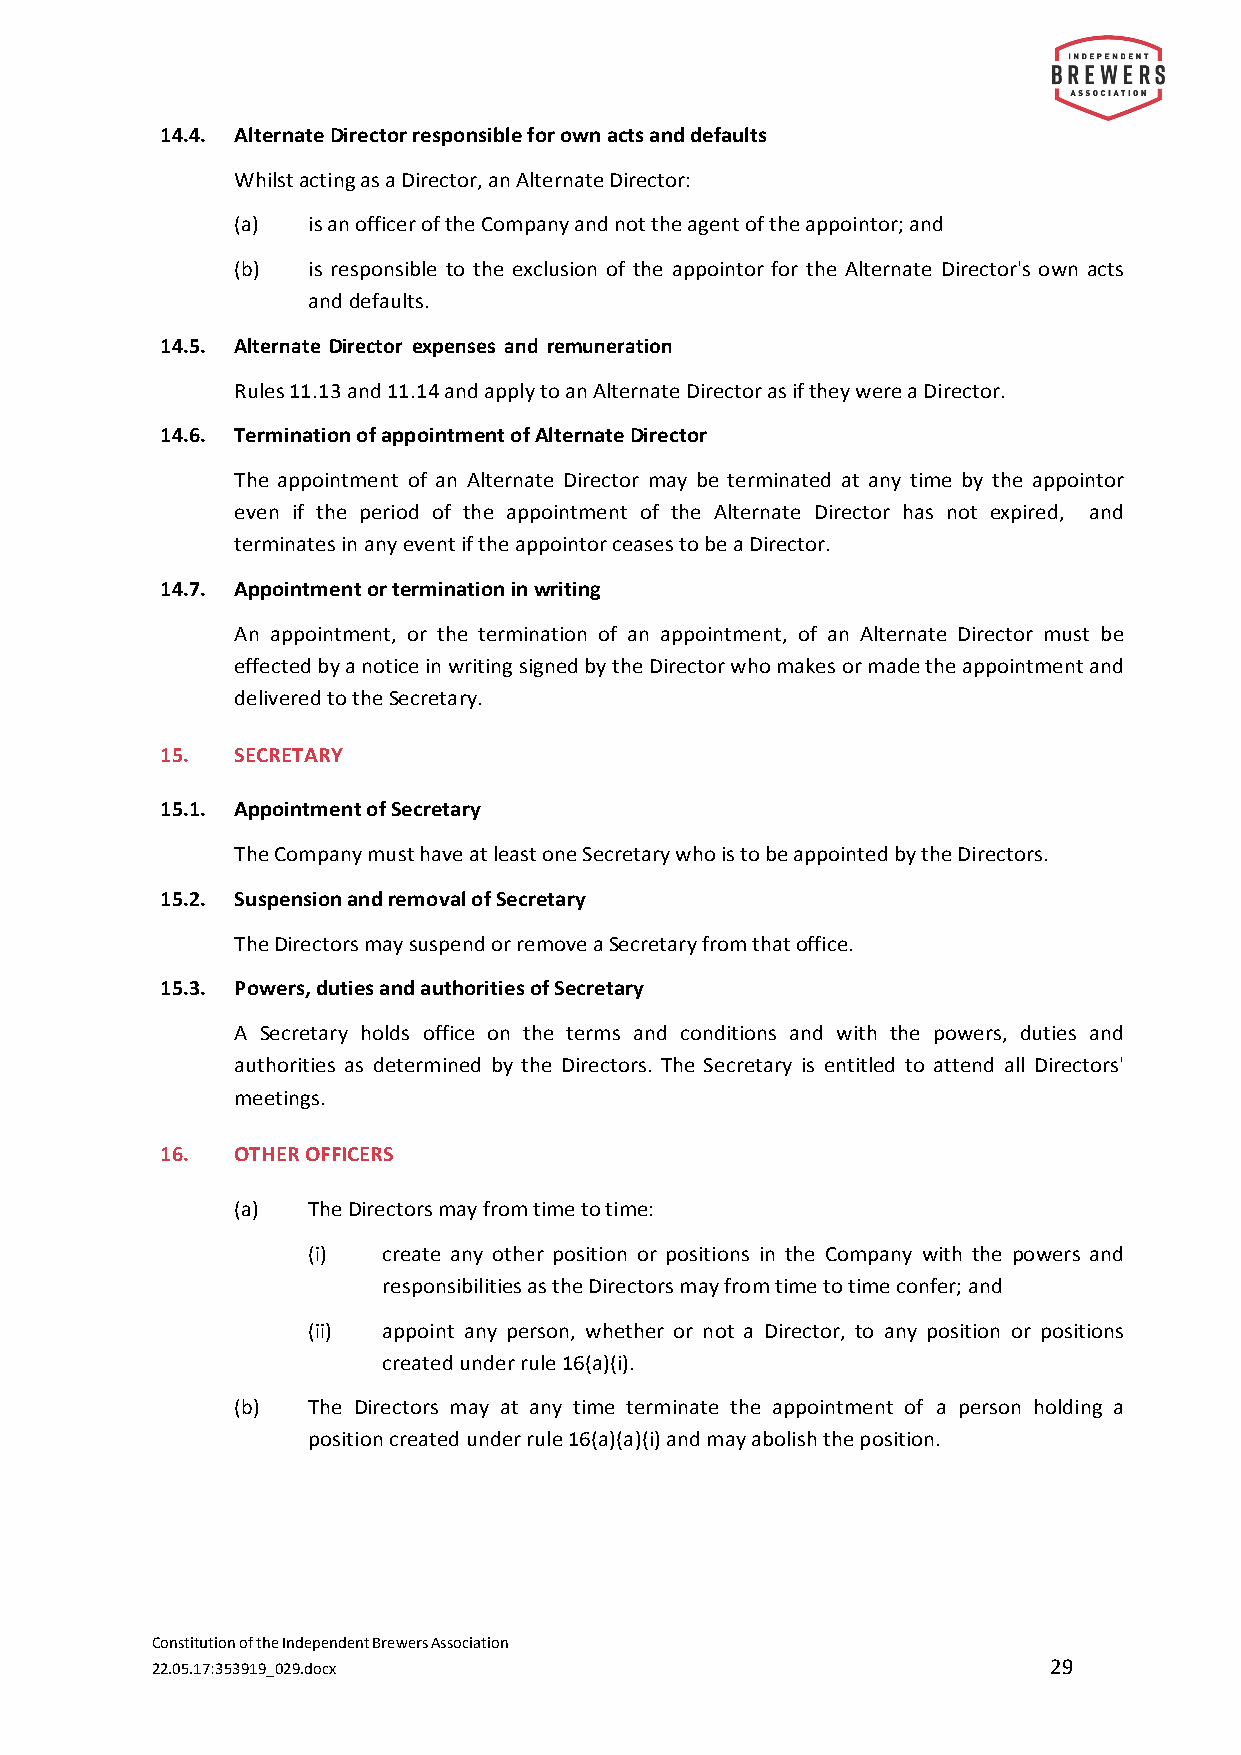
14.4. Alternate Director responsible for own acts and defaults
 Whilst acting as a Director, an Alternate Director:
 (a) is an officer of the Company and not the agent of the appointor; and
 (b) is responsible to the exclusion of the appointor for the Alternate Director's own acts
 and defaults.
 14.5. Alternate Director expenses and remuneration
 Rules 11.13 and 11.14 and apply to an Alternate Director as if they were a Director.
 14.6. Termination of appointment of Alternate Director
 The appointment of an Alternate Director may be terminated at any time by the appointor
 even if the period of the appointment of the Alternate Director has not expired, and
 terminates in any event if the appointor ceases to be a Director.
 14.7. Appointment or termination in writing
 An appointment, or the termination of an appointment, of an Alternate Director must be
 effected by a notice in writing signed by the Director who makes or made the appointment and
 delivered to the Secretary.
 15.  SECRETARY
 15.1. Appointment of Secretary
 The Company must have at least one Secretary who is to be appointed by the Directors.
 15.2. Suspension and removal of Secretary
 The Directors may suspend or remove a Secretary from that office.
 15.3. Powers, duties and authorities of Secretary
 A Secretary holds office on the terms and conditions and with the powers, duties and
 authorities as determined by the Directors. The Secretary is entitled to attend all Directors'
 meetings.
 16.  OTHER OFFICERS
 (a) The Directors may from time to time:
 (i)  create any other position or positions in the Company with the powers and
 responsibilities as the Directors may from time to time confer; and
 (ii) appoint any person, whether or not a Director, to any position or positions
 created under rule 16(a)(i).
 (b) The Directors may at any time terminate the appointment of a person holding a
 position created under rule 16(a)(a)(i) and may abolish the position.
 Constitution of the Independent Brewers Association
 22.05.17:353919_029.docx                                    29